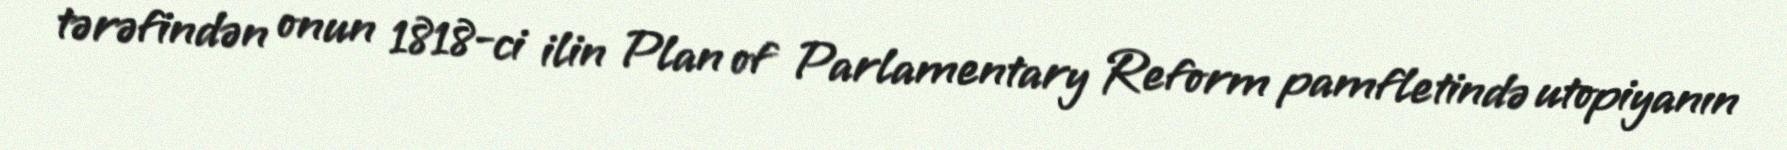
tərəfindən onun 1818-ci ilin Plan of Parlamentary Reform pamfletində utopiyanın